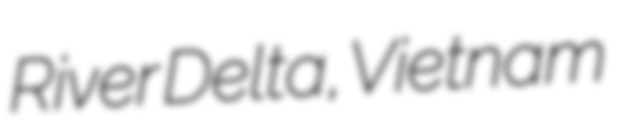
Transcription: River Delta, Vietnam